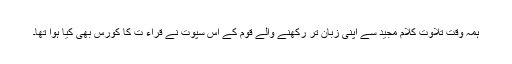
ہمہ وقت تلاوتِ کلام مجید سے اپنی زبان تر رکھنے والے قوم کے اِس سپوت نے قراء ت کا کورس بھی کیا ہوا تھا۔